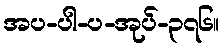
အပ-ပါ-ပ-အုပ်-၃၇၆။